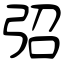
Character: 弨